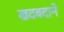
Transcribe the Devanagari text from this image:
खदबदाने